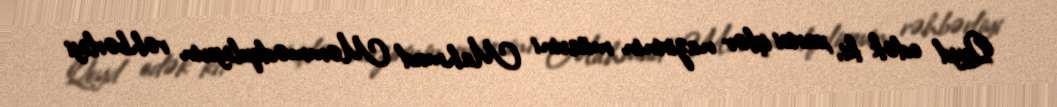
Qeyd edək ki, xarici işlər nazirinin müavini Mahmud Məmmədquliyevin rəhbərliyi